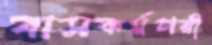
বাসকর্মচারী